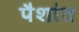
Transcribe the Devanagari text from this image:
पैशांत